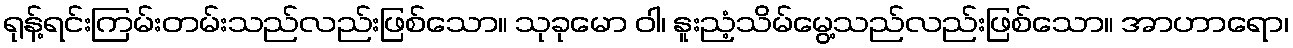
ရုန့်ရင်းကြမ်းတမ်းသည်လည်းဖြစ်သော။ သုခုမော ဝါ၊ နူးညံ့သိမ်မွေ့သည်လည်းဖြစ်သော။ အာဟာရော၊